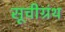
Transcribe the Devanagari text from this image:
सूचीग्रंथ